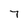
Character: 7